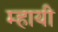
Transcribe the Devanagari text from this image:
म्हायी